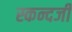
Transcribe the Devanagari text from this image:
स्कन्दजी